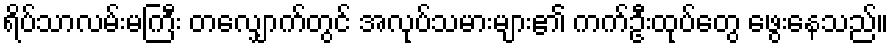
ရိပ်သာလမ်းမကြီး တလျှောက်တွင် အလုပ်သမားများ၏ ကက်ဦးထုပ်တွေ ဖွေးနေသည်။